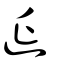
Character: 延